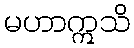
မဟာဣသိ